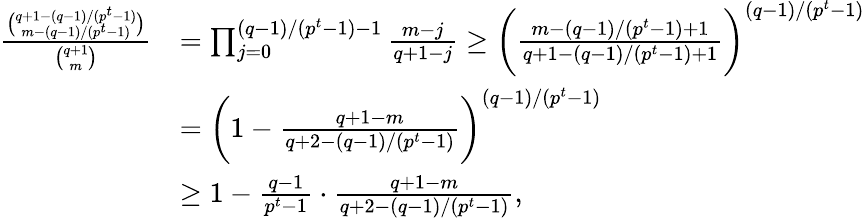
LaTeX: \begin{array}{rl}{\frac{\binom{q+1-(q-1)/(p^{t}-1)}{m-(q-1)/(p^{t}-1)}}{\binom{q+1}{m}}}&{=\prod_{j=0}^{(q-1)/(p^{t}-1)-1}\frac{m-j}{q+1-j}\geq\bigg(\frac{m-(q-1)/(p^{t}-1)+1}{q+1-(q-1)/(p^{t}-1)+1}\bigg)^{(q-1)/(p^{t}-1)}}\\ &{=\bigg(1-\frac{q+1-m}{q+2-(q-1)/(p^{t}-1)}\bigg)^{(q-1)/(p^{t}-1)}}\\ &{\geq 1-\frac{q-1}{p^{t}-1}\cdot\frac{q+1-m}{q+2-(q-1)/(p^{t}-1)},}\end{array}